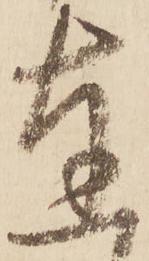
達